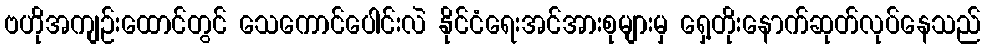
ဗဟိုအကျဉ်းထောင်တွင် သေကောင်ပေါင်းလဲ နိုင်ငံရေးအင်အားစုများမှ ရှေ့တိုးနောက်ဆုတ်လုပ်နေသည်